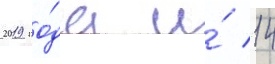
2019 го́да и́ 14